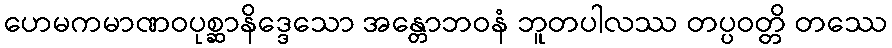
ဟေမကမာဏဝပုစ္ဆာနိဒ္ဒေသော အန္တောဘဝနံ ဘူတပါလဿ တပ္ပဝတ္တိ တဿေ